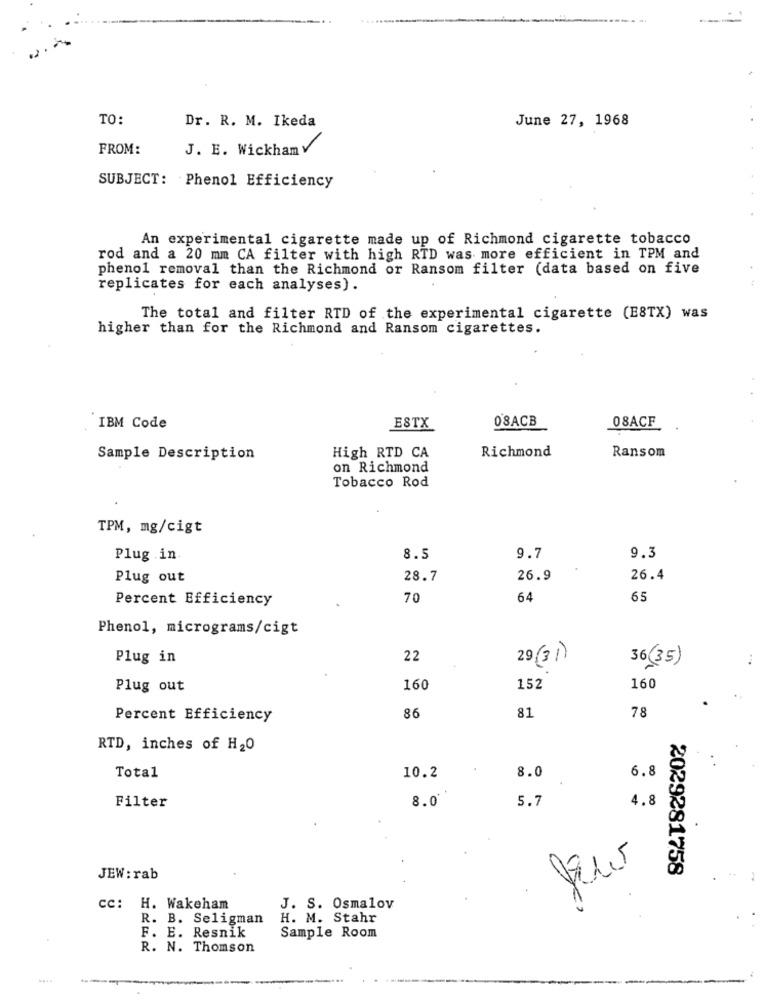
TO:
June 27, 1968
Dr. R. M. Ikeda
FROM:
J. E. WickhamV
SUBJECT: Phenol Efficiency
An experimental cigarette made up of Richmond cigarette tobacco
rod and a 20 mm CA filter with high RTD was more efficient in TPM and
phenol removal than the Richmond or Ransom filter (data based on five
replicates for each analyses) .
The total and filter RTD of the experimental cigarette (ESTX) was
higher than for the Richmond and Ransom cigarettes.
0'SACB
08ACF
IBM Code
ESTX
Richmond
Sample Description
High RTD CA
Ransom
on Richmond
Tobacco Rod
TPM, mg/cigt
Plug in
8.5
9.7
9.3
Plug out
28.7
26.9
26.4
Percent Efficiency
70
64
65
Phenol, micrograms/cigt
Plug in
22
29 (31 )
36(35)
Plug out
160
152
160
81
78
Percent Efficiency
86
RTD, inches of H20
Total
10.2
6.8
8.0
8.0'
5.7
4.8
Filter
2029281758
JEW : rab
cc: H. Wakeham
J. S. Osmalov
R. B. Seligman
H. M. Stahr
F. E. Resnik
Sample Room
R. N. Thomson
....